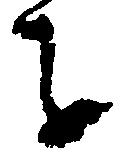
を